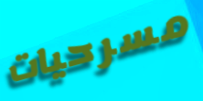
مسرحيات